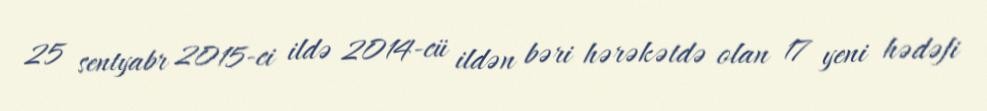
25 sentyabr 2015-ci ildə 2014-cü ildən bəri hərəkətdə olan 17 yeni hədəfi